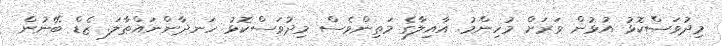
މިދުވަސްކޮޅު އުޅުން ވަރަށް މުހިންމު. އާއިލާގެ މަތިންވެސް މިދުވަސްކޮޅު ހަނދާންނައްތާލަ. ޒެޑް ބޭނުން